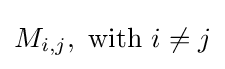
M_{i,j},{\text{ with }}i\neq j